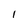
Character: I